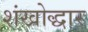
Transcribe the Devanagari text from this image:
शंखोद्धार